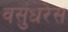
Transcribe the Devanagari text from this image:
वसुंधरेस